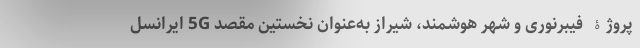
پروژۀ فیبرنوری و شهر هوشمند، شیراز به‌عنوان نخستین مقصد 5G ایرانسل